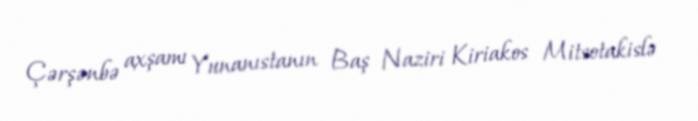
Çərşənbə axşamı Yunanıstanın Baş Naziri Kiriakos Mitsotakislə